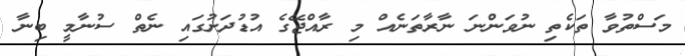
މަސްތުވާ ތަކެތި ނުވަންނަ ނާރާތަނެއް މި ރާއްޖޭގެ އުޑުދަށުގައި ނެތް ސުނާމީ ބިނާ